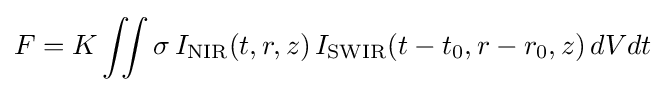
F=K\iint \sigma \,I_{\mathrm {NIR} }(t,r,z)\,I_{\mathrm {SWIR} }(t-t_{0},r-r_{0},z)\,dVdt